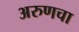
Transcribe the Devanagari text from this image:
अरुणचा